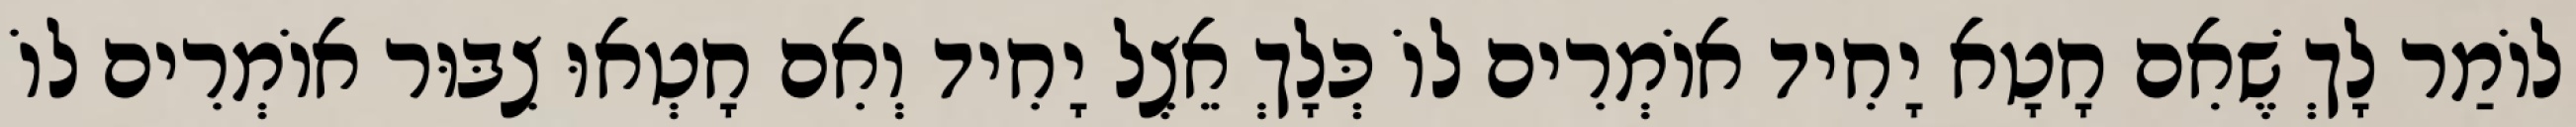
לוֹמַר לָךְ שֶׁאִם חָטָא יָחִיד אוֹמְרִים לוֹ כְּלָךְ אֵצֶל יָחִיד וְאִם חָטְאוּ צִבּוּר אוֹמְרִים לוֹ